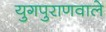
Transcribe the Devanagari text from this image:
युगपुराणवाले